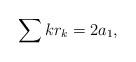
LaTeX: \begin{align*}\sum k r_k=2a_1,\end{align*}